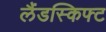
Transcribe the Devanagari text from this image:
लैंडस्किफ्ट